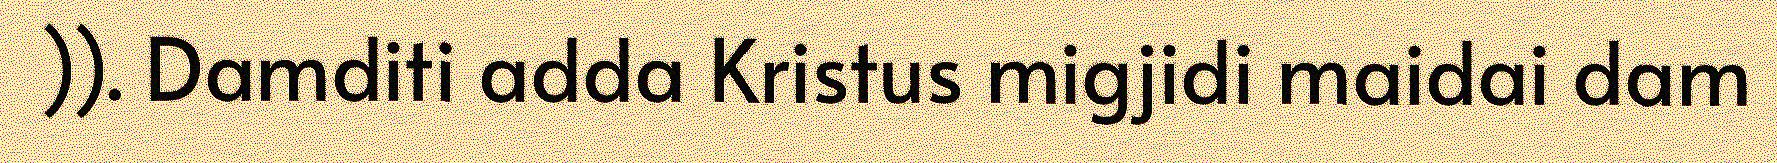
)). Damditi adda Kristus migjidi maidai dam